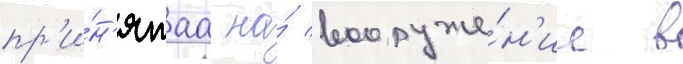
пр'и́н'ятаа на́ вооруже́н'ие в